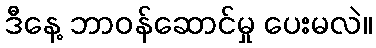
ဒီနေ့ ဘာဝန်ဆောင်မှု ပေးမလဲ။